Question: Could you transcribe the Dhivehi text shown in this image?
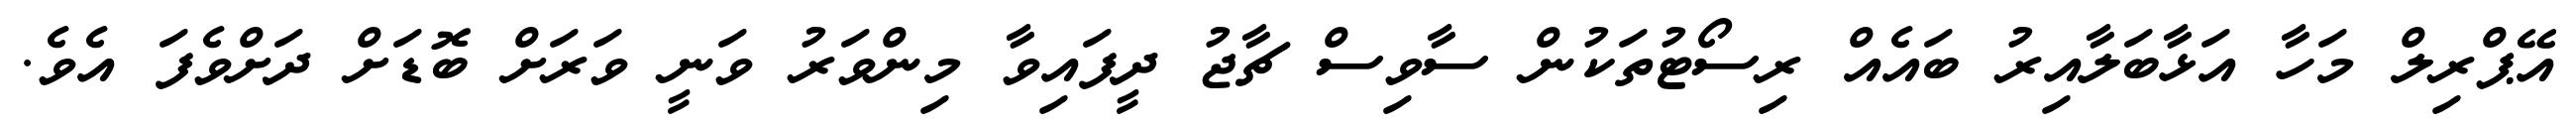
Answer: އޭޕްރިލް މަހާ އަޅާބަލާއިރު ބައެއް ރިސޯޓުތަކުން ސާވިސް ޗާޖު ދީފައިވާ މިންވަރު ވަނީ ވަރަށް ބޮޑަށް ދަށްވެފަ އެވެ.